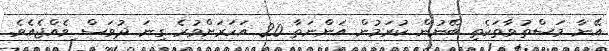
އޭނާ މަސްތުވާތަކެތި ބޭނުން ކުރަމުން އަންނަތާ 20 އަހަރަށްވުރެ ގިނަ ދުވަސް ވެއްޖެއެވެ.